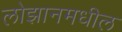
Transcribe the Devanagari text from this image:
लोझानमधील